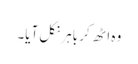
وہ اٹھ کر باہر نکل آیا۔